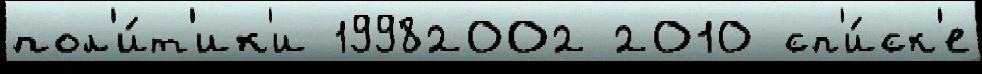
пол'и́т'ик'и 19982002 2010 сп'и́ск'е